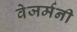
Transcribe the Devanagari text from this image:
वेजर्मनी